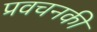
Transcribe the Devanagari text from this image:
प्रवचनकी